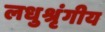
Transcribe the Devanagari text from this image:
लधुश्रृंगीय